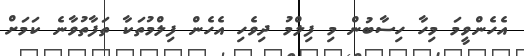
އެހެންވީމަ މިހާ ހިސާބުން މި ފިލްމު ދިވެހި އެހެން ފިލްމުތަކާ ތަފާތުވާނެ ކަމަށް